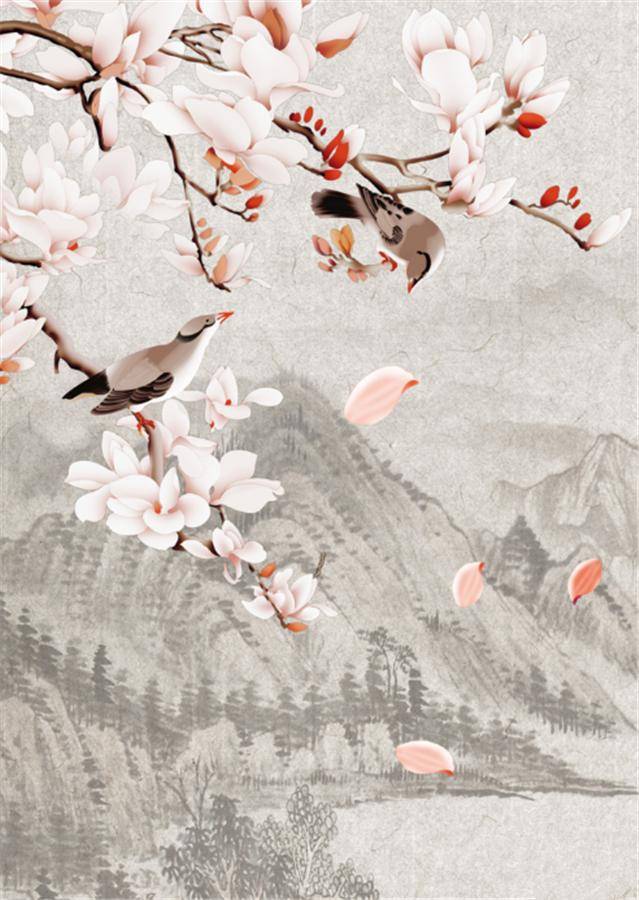
旧时燕子还飞否？今古不胜情。